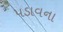
પડાવના